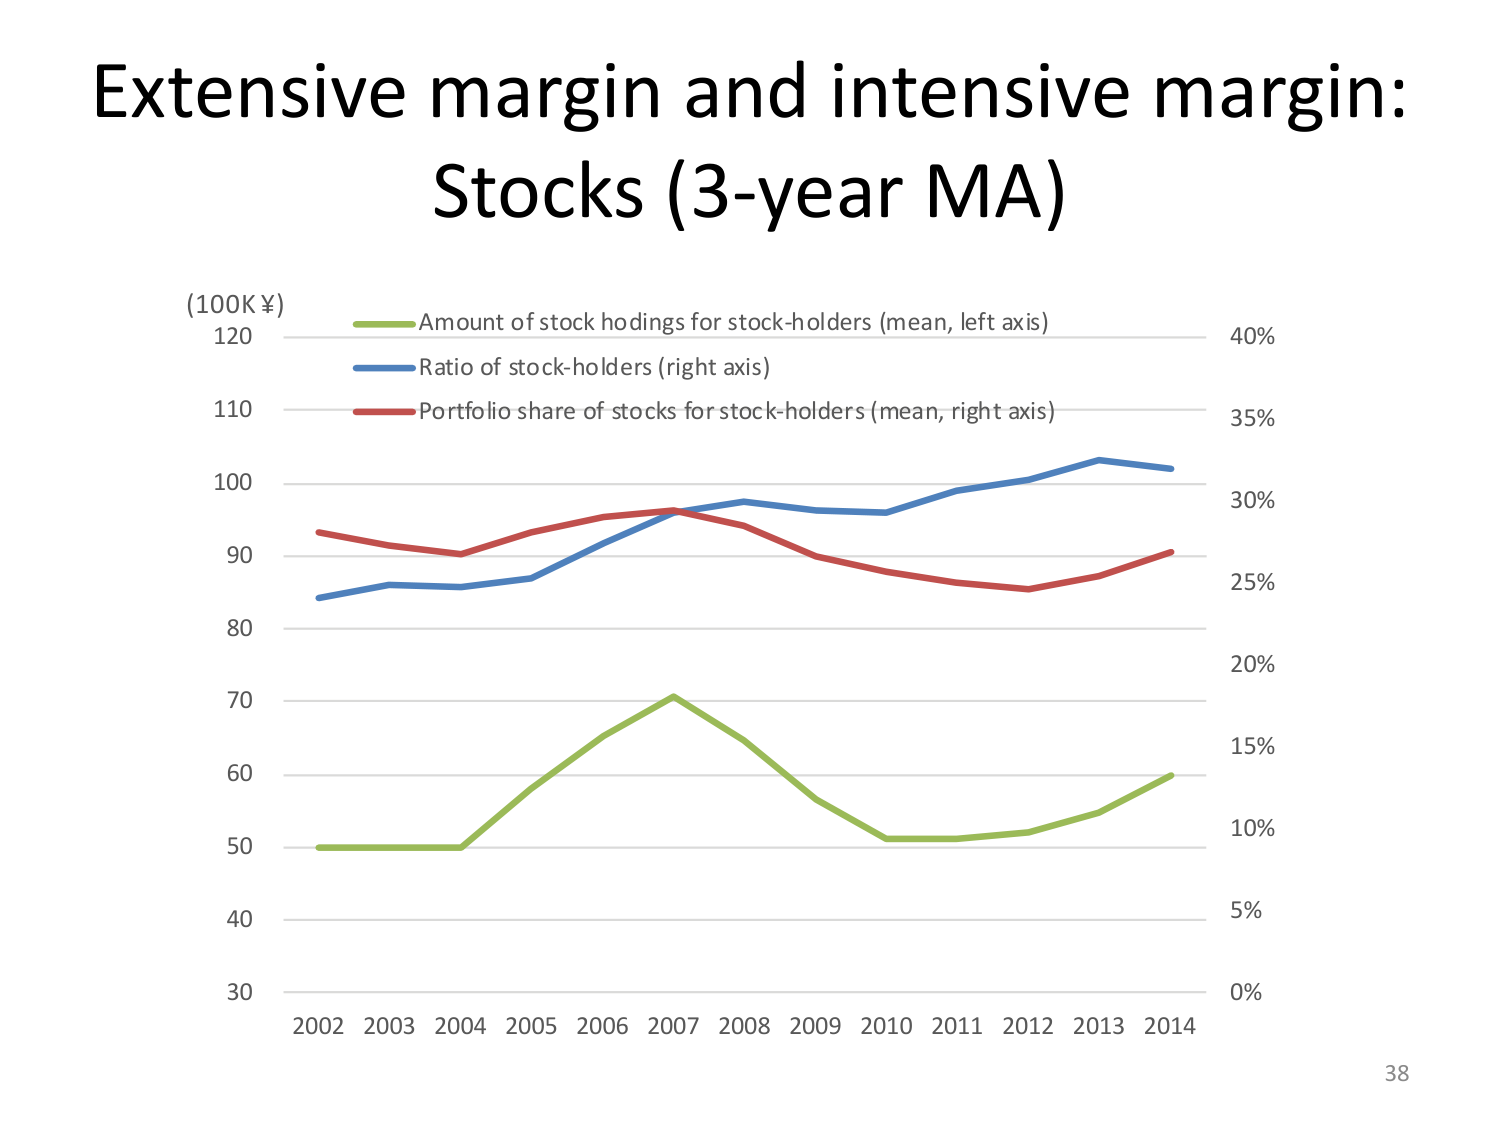
Extensive margin and intensive margin:
Stocks (3-year MA)

(100K ¥)
120
110
100
90
80
70
60
50
40
30

2002 2003 2004 2005 2006 2007 2008 2009 2010 2011 2012 2013 2014

Amount of stock hodings for stock-holders (mean, left axis)
Ratio of stock-holders (right axis)
Portfolio share of stocks for stock-holders (mean, right axis)

40%
35%
30%
25%
20%
15%
10%
5%
0%

38